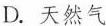
6.天然气